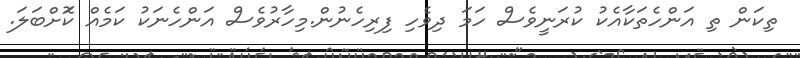
ތިކަން ތި އަންހެތަކާއެކު ކުރަނީވެސް ހަމަ ދިވެހި ފިރިހެނުން.މިހާރުވެސް އަންހެނަކު ކަމެއް ކޮަށްބަލަ.